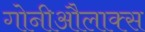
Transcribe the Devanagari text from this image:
गोनीऔलाक्स